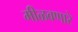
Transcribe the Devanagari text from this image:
मीळवणारे